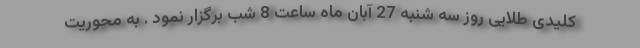
کلیدی طلایی روز سه شنبه 27 آبان ماه ساعت 8 شب برگزار نمود . به محوریت